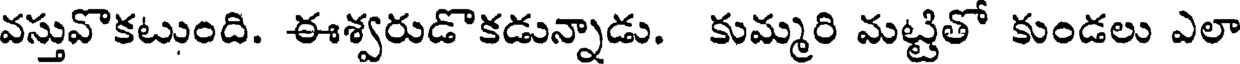
వస్తువొకటుంది. ఈశ్వరుడొకడున్నాడు. కుమ్మరి మట్టితో కుండలు ఎలా